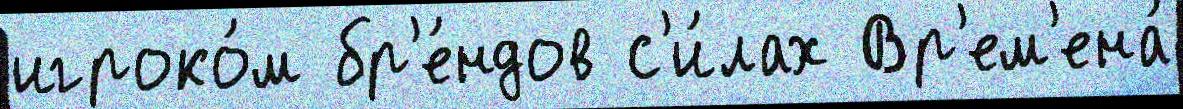
игроко́м бр'е́ндов с'и́лах Вр'ем'ена́